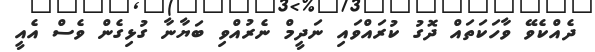
ދެއްކެވޭ ވާހަކަތައް ދޮގު ކުރައްވައި ނަދީމް ނެރުއްވި ބަޔާނާ ގުޅިގެން ވެސް އެއީ